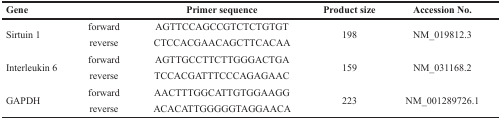
| Gene |  | Primer sequence | Product size | Accession No. |
 | --- | --- | --- | --- | --- |
 | <ROWSPAN=2> Sirtuin 1 | forward | AGTTCCAGCCGTCTCTGTGT | <ROWSPAN=2> 198 | <ROWSPAN=2> NM_019812.3 |
 | reverse | CTCCACGAACAGCTTCACAA |
 | <ROWSPAN=2> Interleukin 6 | forward | AGTTGCCTTCTTGGGACTGA | <ROWSPAN=2> 159 | <ROWSPAN=2> NM_031168.2 |
 | reverse | TCCACGATTTCCCAGAGAAC |
 | <ROWSPAN=2> GAPDH | forward | AACTTTGGCATTGTGGAAGG | <ROWSPAN=2> 223 | <ROWSPAN=2> NM_001289726.1 |
 | reverse | ACACATTGGGGGTAGGAACA |